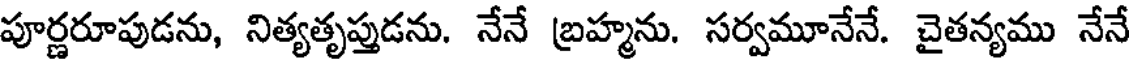
పూర్ణరూపుడను, నిత్యతృప్తుడను. నేనే బ్రహ్మను. సర్వమూనేనే. చైతన్యము నేనే